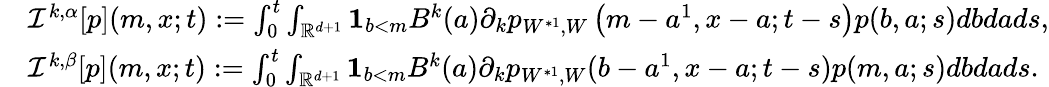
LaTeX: \begin{array}{rl}&{{\mathcal{I}^{k,\alpha}}[p](m,x;t):=\int_{0}^{t}{\int_{\mathbb{R}^{d+1}}{\mathbf 1}_{b<m}B^{k}(a)\partial_{k}p_{W^{*1},W}\left(m-a^{1},x-a;t-s\right)}p(b,a;s)dbdads,}\\ &{{\mathcal{I}^{k,\beta}}[p](m,x;t):=\int_{0}^{t}\int_{{\mathbb R}^{d+1}}{\mathbf 1}_{b<m}B^{k}(a)\partial_{k}p_{W^{*1},W}(b-a^{1},x-a;t-s)p(m,a;s)dbdads.}\end{array}